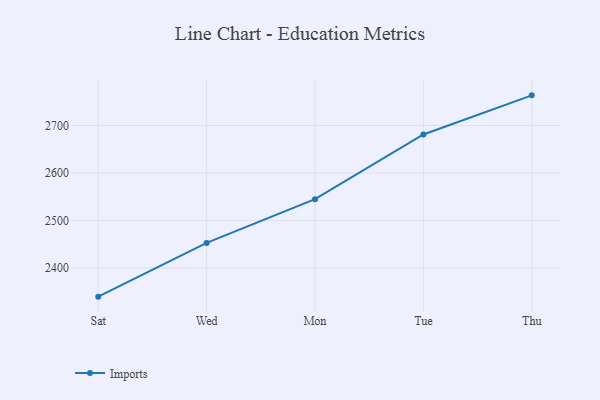
{"axis": {"x": "Day", "y": "Shipments"}, "legend": ["Imports"], "data": [{"x": "Sat", "y": 2339.9, "type": "Imports"}, {"x": "Wed", "y": 2452.9, "type": "Imports"}, {"x": "Mon", "y": 2544.9, "type": "Imports"}, {"x": "Tue", "y": 2681.1, "type": "Imports"}, {"x": "Thu", "y": 2763.4, "type": "Imports"}]}